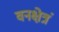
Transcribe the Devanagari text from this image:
वनक्षेत्रं